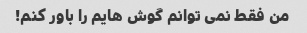
من فقط نمی توانم گوش هایم را باور کنم!